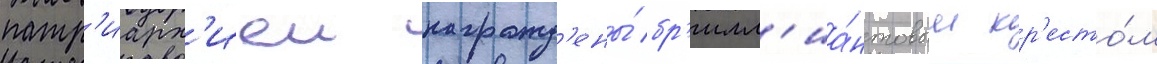
патр'иарх'иеи награжд'ены́ бр'илл'иа́нтовым кр'есто́м